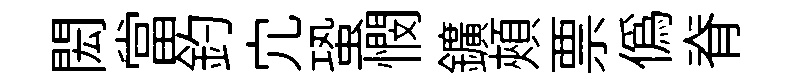
閎當釣宂蛩憫鑛頰票偽脊